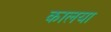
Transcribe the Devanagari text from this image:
कालया